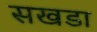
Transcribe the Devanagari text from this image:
सखडा